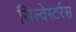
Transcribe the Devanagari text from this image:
सिल्वेस्टर्रस